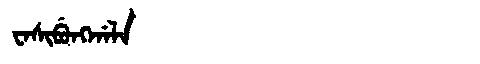
Manchu: ᠸᠠᠰᡳᠪᡠᠩᡤᠠᠯᠠ
Romanization: WASIBUNGGALA